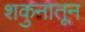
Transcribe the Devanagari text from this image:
शकुनातून